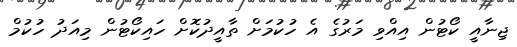
ޖިނާއީ ކޯޓުން އިއްވި މަރުގެ އެ ހުކުމަށް ތާއީދުކޮށް ހައިކޯޓުން މިއަދު ހުކުމް